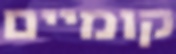
קומיים